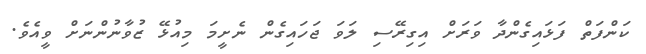
ކަންފަތް ފަޅައިގެންދާ ވަރަށް އިގިރޭސި ލަވަ ޖަހައިގެން ނެށީމަ މިއުޅޭ ޒުވާނުންނަށް ވީއެވެ.